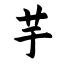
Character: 芋